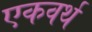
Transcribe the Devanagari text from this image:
एकवर्थ